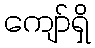
ကျော်ရှိ